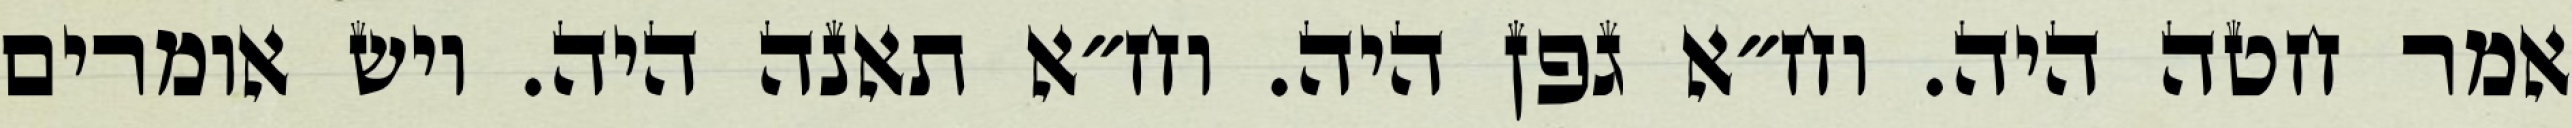
אמר חטה היה. וח״א גפן היה. וח״א תאנה היה. ויש אומרים